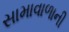
સામાવાળાની